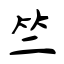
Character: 竺